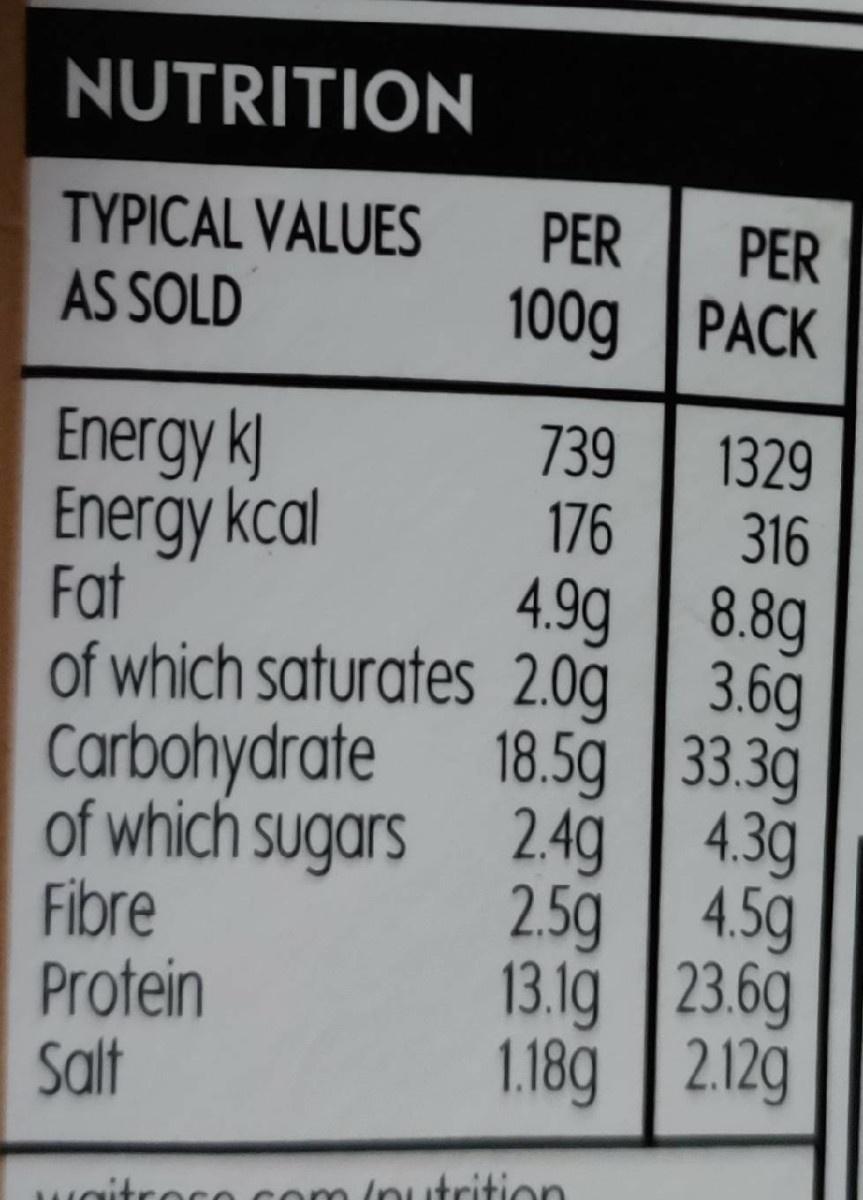
NUTRITION TYPICAL VALUES PER PER AS SOLD 100g PACK Energy k Energy kcal Fat 739 176 1329 316 4.9g 8.8g of which saturates 2.0g 3.6g Carbohydrate 18.5g 33.3g of which sugars 2.4g 4.3g 4.5g Fibre Protein Salt 2.5g 13.1g 23.6g 1.189 2.129 Maitro ce co trition